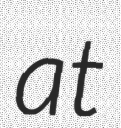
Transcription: at